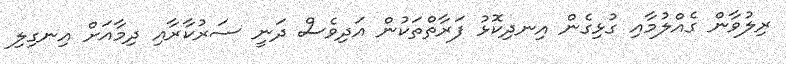
ރިލުވާން ގެއްލުމާއި ގުޅިގެން އިނދިކޮޅު ފަރާތްތަކުން އަދިވެސް ދަނީ ސަރުކާރާއި ދިމާއަށް އިނގިލި